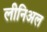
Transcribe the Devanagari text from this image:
लीनिअल